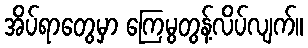
အိပ်ရာတွေမှာ ကြေမွတွန့်လိပ်လျက်။